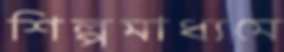
শিল্পমাধ্যমে